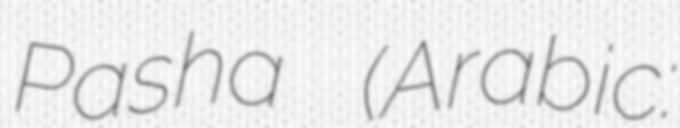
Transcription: Pasha (Arabic: